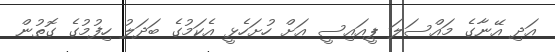
އަދި އޭނާގެ މައްސަލަ ޕީއައިސީ އަށް ހުށަހެޅީ އެކަމުގެ ބަދަލު ހިފުމުގެ ގޮތުން